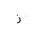
Letter: _zay